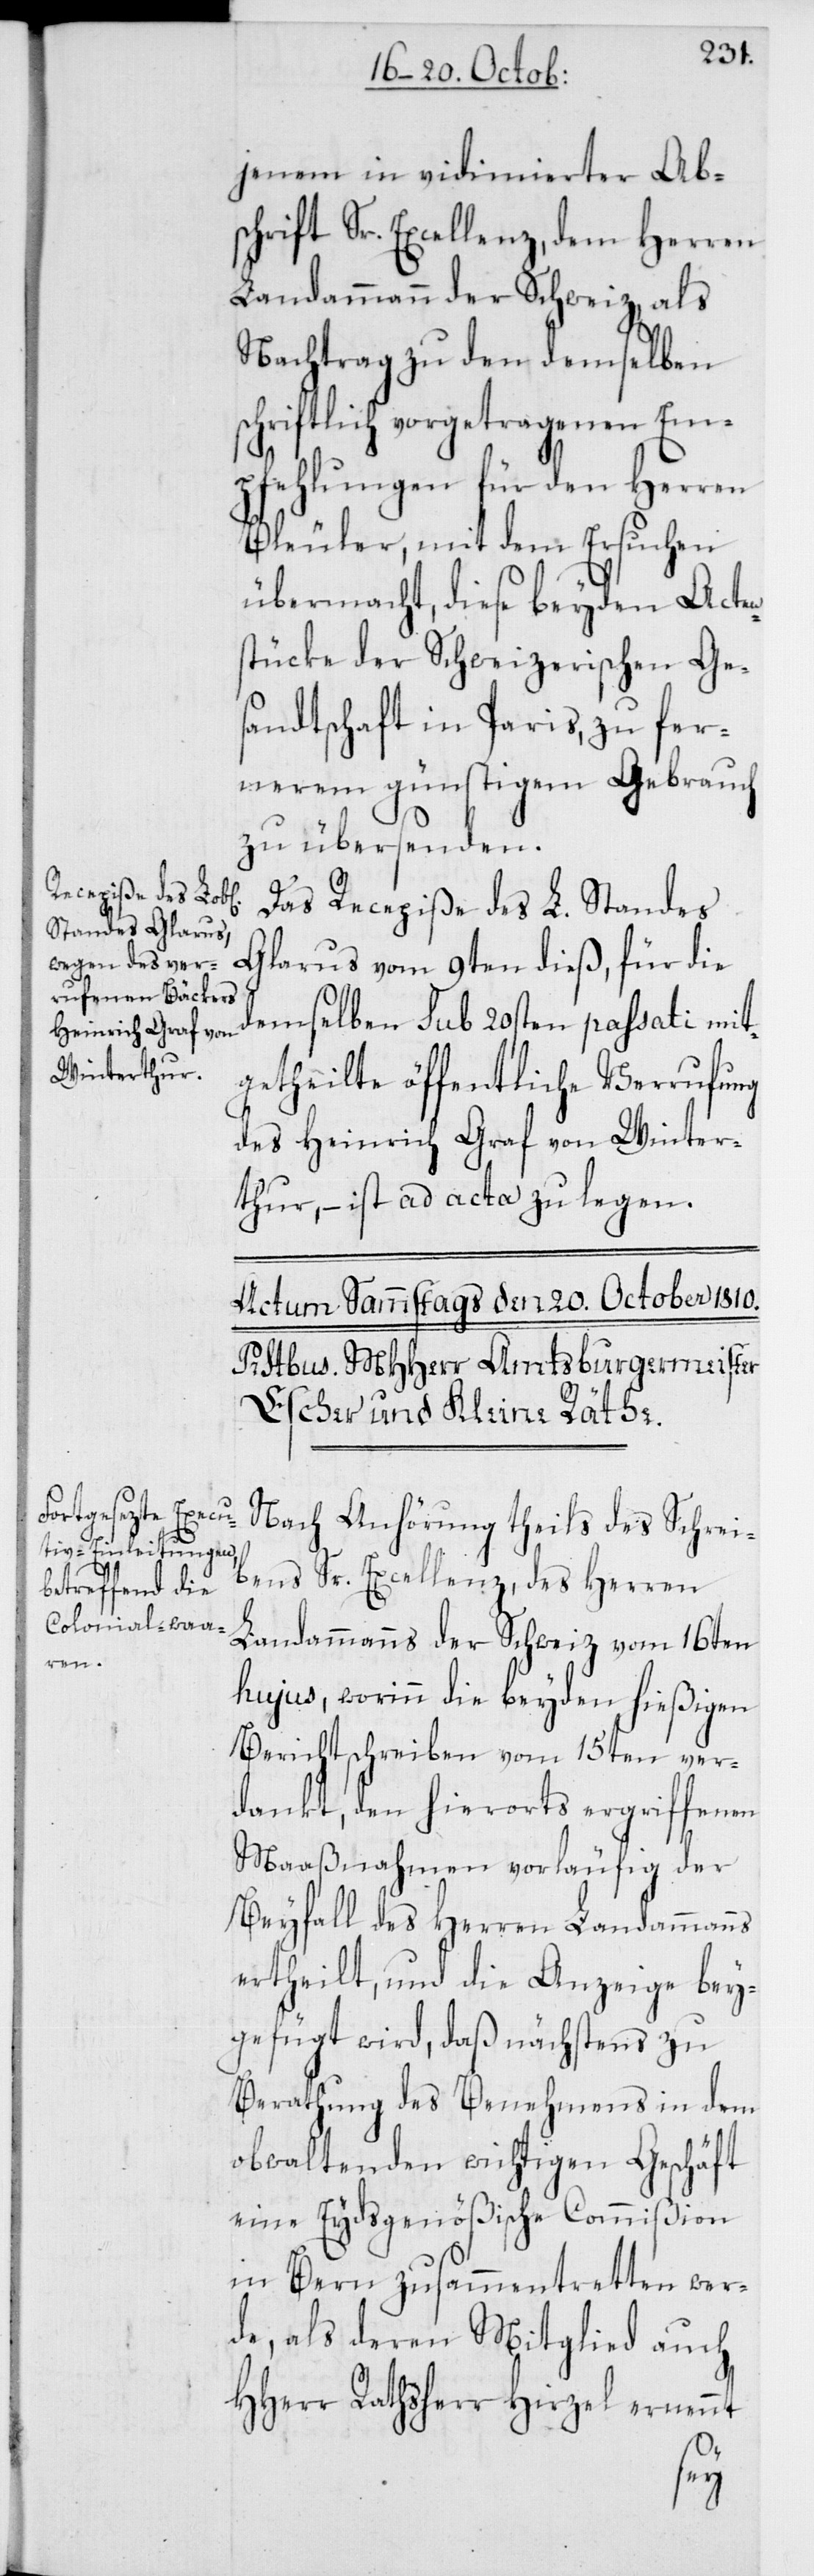
en¬

jenem in vidimierter Ab¬
schrift Sr. Excellenz, dem Herren
Landammann der Schweiz, als
Nachtrag zu den demselben
chriftlich vorgetragenen Em¬
pfehlungen für den Herren
Bleuler, mit dem Ersuchen
übermacht, diese beyden Act¬
stücke der Schweizerischen Ge¬
sandtschaft in Paris, zu fer¬
nerem günstigem Gebrauch,
zu übersenden.
Das Recepiße des L. Standes
Glarus vom 9ten dieß, für die
demselben sub 20sten passati mit¬
getheilte öffentliche Verrufung
des Heinrich Graf von Winter¬
thur, – ist ad acta zu legen.
Nach Anhörung theils des Schrei¬
bens Sr. Excellenz, des Herren
Landammanns der Schweiz vom 16ten
hujus, worinn die beyden hießigen
Berichtschreiben vom 15ten ver¬
dankt, den hierorts ergriffenen
Maaßnahmen vorläufig der
Beyfall des Herren Landammanns
ertheilt, und die Anzeige bey¬
gefügt wird, daß nächstens zu
Berathung des Benehmens in dem
obwaltenden wichtigen Geschäft
eine Eydsgenößische Commißion
in Bern zusammentretten wer¬
de, als deren Mitglied auch
HHerr Rathsherr Hirzel ernennt
s¬